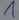
Text: 1